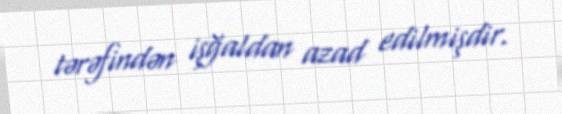
tərəfindən işğaldan azad edilmişdir.